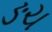
ઙચ